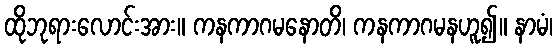
ထိုဘုရားလောင်းအား။ ကနကာဂမနောတိ၊ ကနကာဂမနဟူ၍။ နာမံ၊